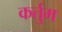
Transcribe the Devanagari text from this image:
कर्तुम